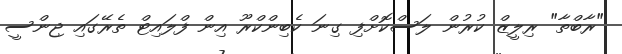
"ރާބްތާ" ރިލީޒް ކުރުން ލަސްކޮށްފި ގިނަ ކެބިންކްރޫ އިން ފްލައިޓް ތެރޭގައި ޖިންސީ